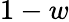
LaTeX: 1-w